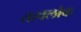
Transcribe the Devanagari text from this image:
तत्वलोक